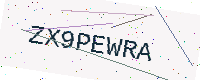
Text: ZX9PEWRA